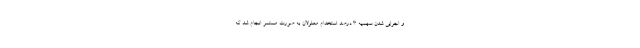
و اجرایی شدن سهمیه ۳ درصد استخدام معلولان به صورت مستمر انجام شد که